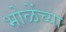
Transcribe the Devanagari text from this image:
भोळेंच्या